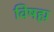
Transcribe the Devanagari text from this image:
विषह्म